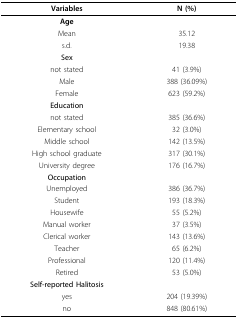
<table><thead><tr><td><b>Variables</b></td><td><b>N (%)</b></td></tr></thead><tbody><tr><td><b>Age</b></td><td></td></tr><tr><td>Mean</td><td>35.12</td></tr><tr><td>s.d.</td><td>19.38</td></tr><tr><td><b>Sex</b></td><td></td></tr><tr><td>not stated</td><td>41 (3.9%)</td></tr><tr><td>Male</td><td>388 (36.09%)</td></tr><tr><td>Female</td><td>623 (59.2%)</td></tr><tr><td><b>Education</b></td><td></td></tr><tr><td>not stated</td><td>385 (36.6%)</td></tr><tr><td>Elementary school</td><td>32 (3.0%)</td></tr><tr><td>Middle school</td><td>142 (13.5%)</td></tr><tr><td>High school graduate</td><td>317 (30.1%)</td></tr><tr><td>University degree</td><td>176 (16.7%)</td></tr><tr><td><b>Occupation</b></td><td></td></tr><tr><td>Unemployed</td><td>386 (36.7%)</td></tr><tr><td>Student</td><td>193 (18.3%)</td></tr><tr><td>Housewife</td><td>55 (5.2%)</td></tr><tr><td>Manual worker</td><td>37 (3.5%)</td></tr><tr><td>Clerical worker</td><td>143 (13.6%)</td></tr><tr><td>Teacher</td><td>65 (6.2%)</td></tr><tr><td>Professional</td><td>120 (11.4%)</td></tr><tr><td>Retired</td><td>53 (5.0%)</td></tr><tr><td><b>Self-reported Halitosis</b></td><td></td></tr><tr><td>yes</td><td>204 (19.39%)</td></tr><tr><td>no</td><td>848 (80.61%)</td></tr></tbody></table>